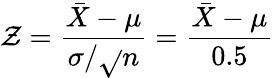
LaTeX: \mathcal{Z}={\frac{{{\bar{{X}}}-\mu}}{{\sigma/{\sqrt{}{{n}}}}}}={\frac{{{\bar{{X}}}-\mu}}{{0.5}}}